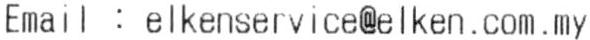
EMAIL : ELKENSERVICE@ELKEN.COM.MY